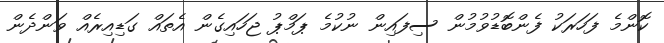
ކޮންމެ ފަހަރަކު ފެންބޮޑުވުމުން ސިފައިން ނުކުމެ ޕަމްޕު ޖަހައިގެން އެތައް ގަޑިއިރެއް ވަންދެން